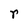
Character: r